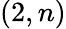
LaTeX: \left(2,n\right)